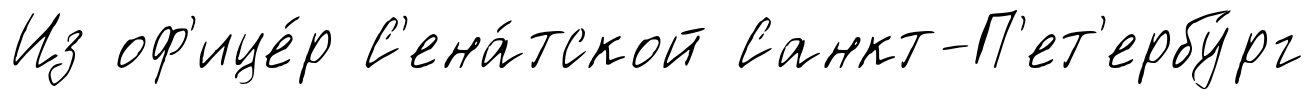
Из оф'ице́р С'ена́тской Санкт-П'ет'ербу́рг